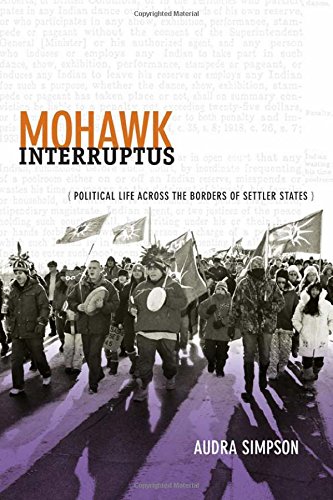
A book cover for Mohawk Interruptus: Political Life Across the Borders of Settler States; Audra Simpson; History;